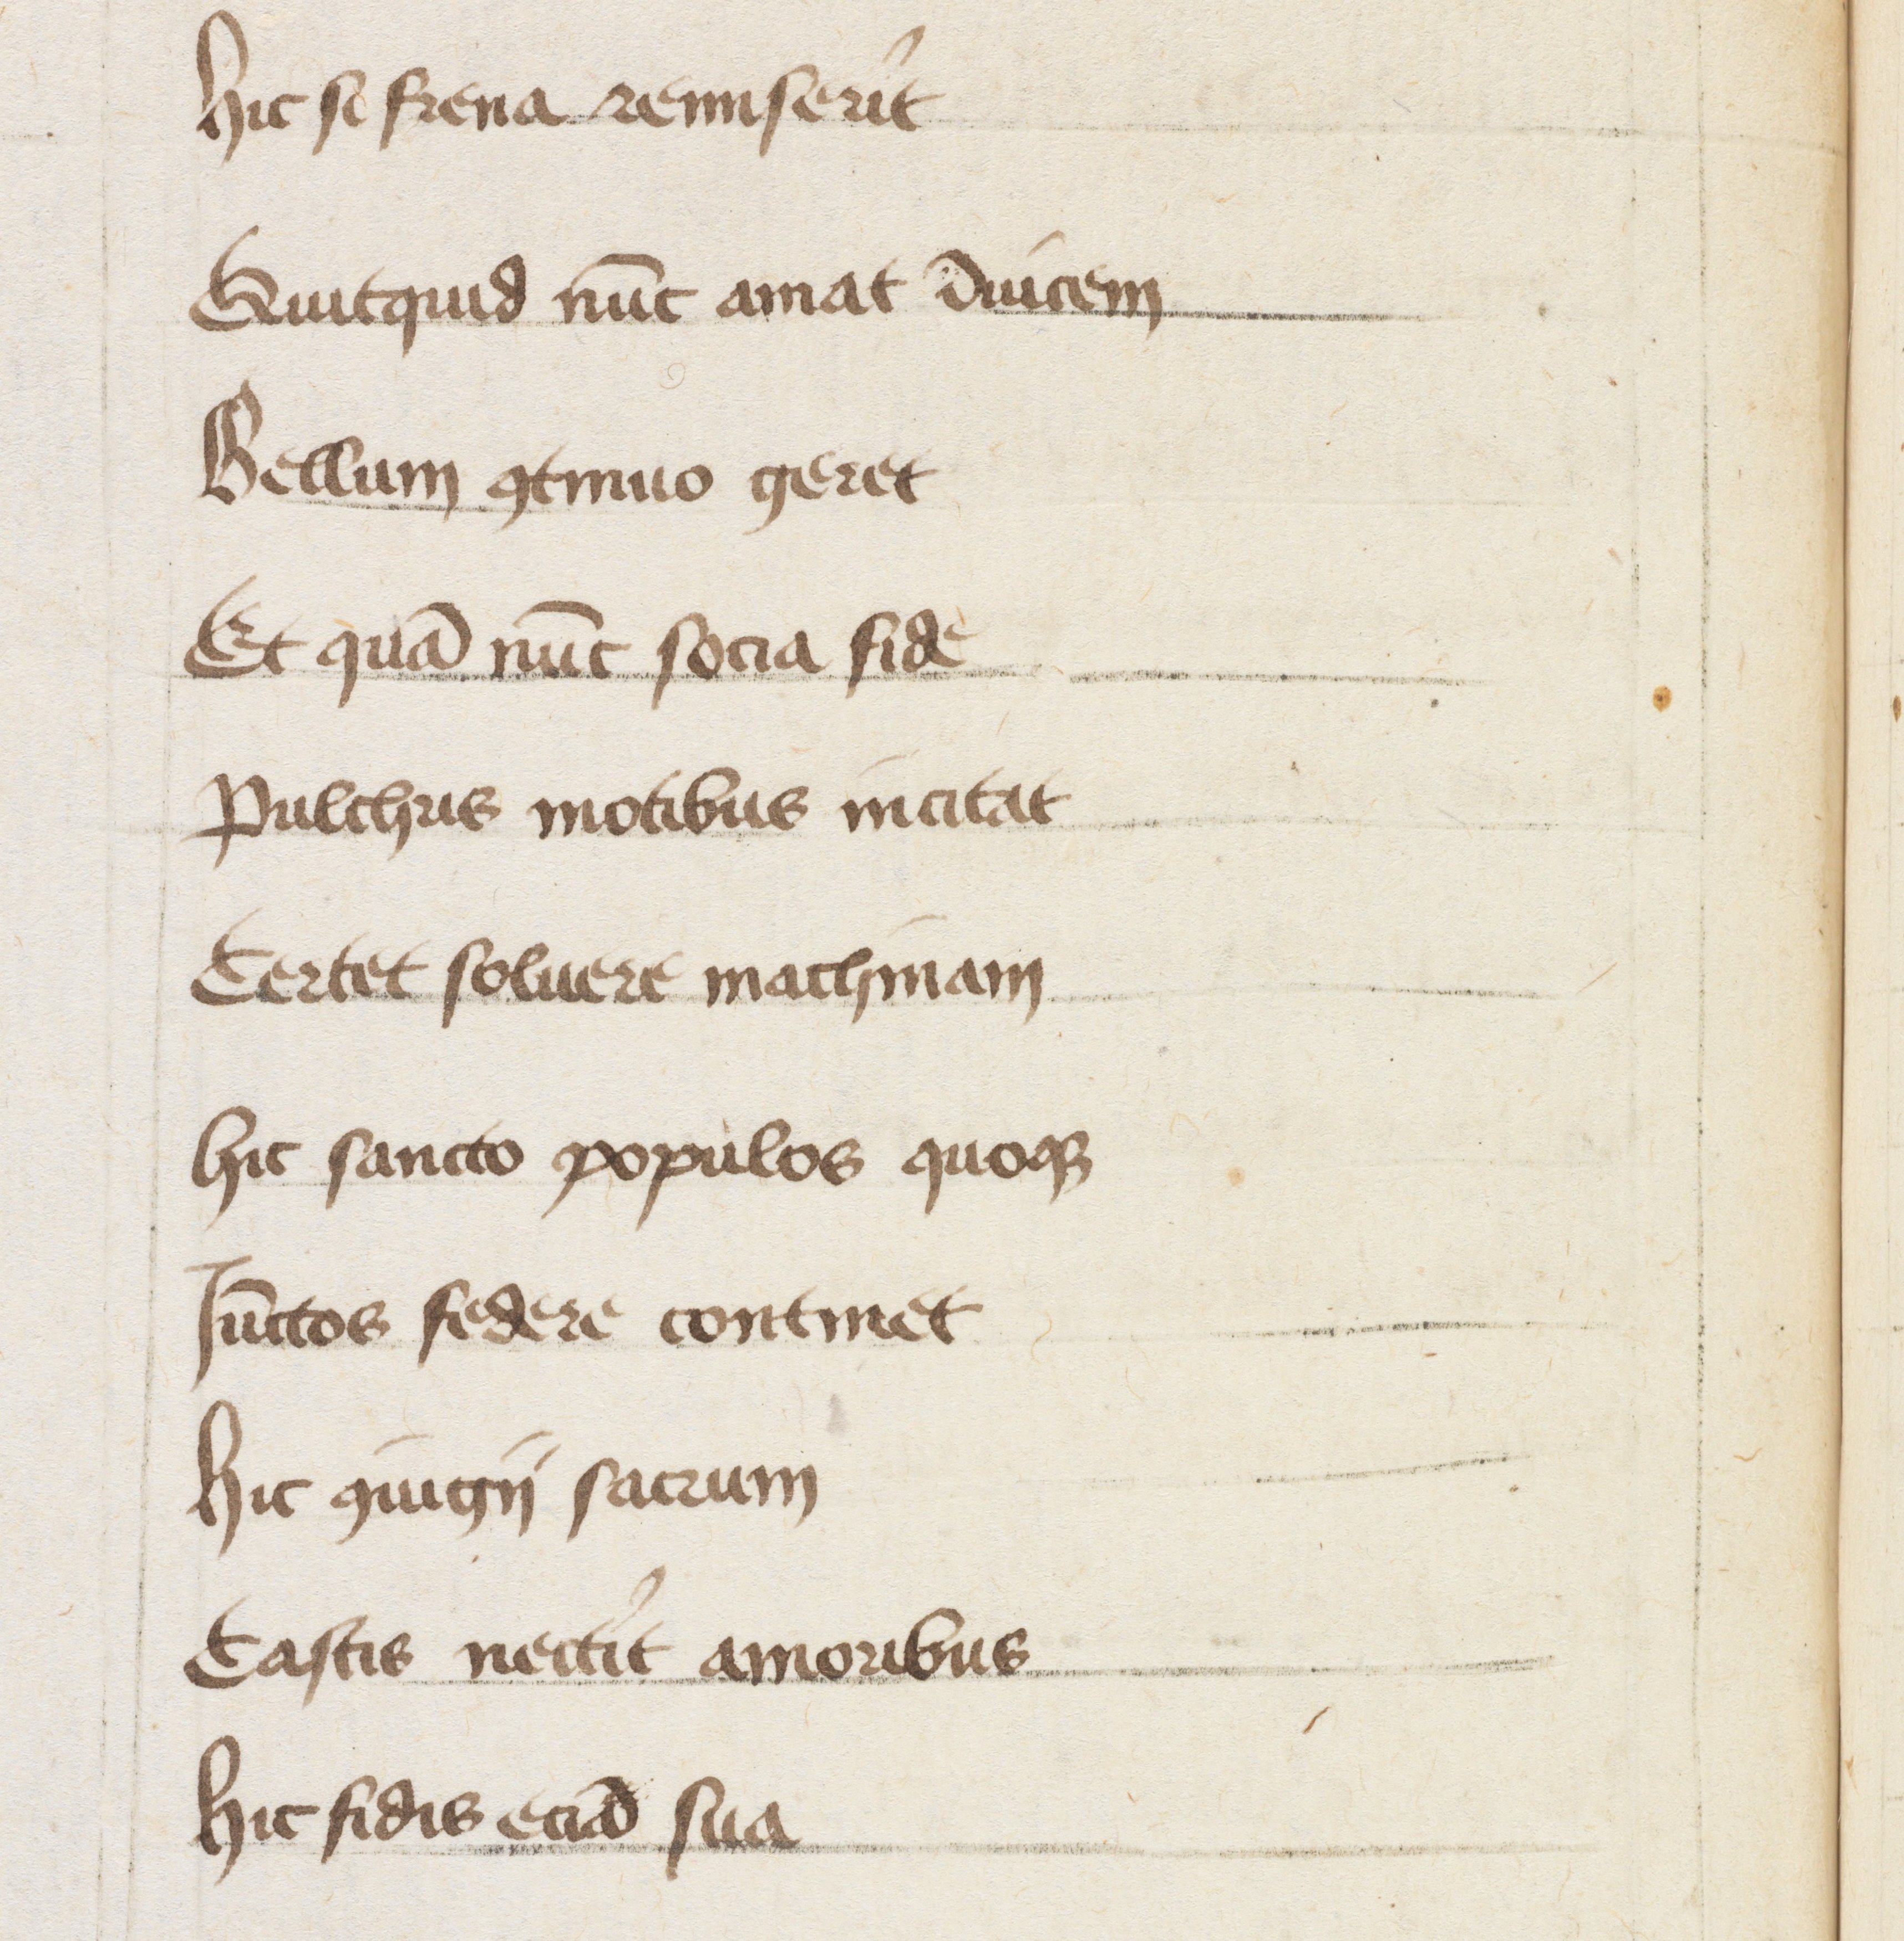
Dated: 1447–1447